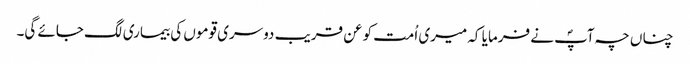
چناں چہ آپؐ نے فرمایا کہ میری اُمت کو عن قریب دوسری قوموں کی بیماری لگ جائے گی۔